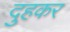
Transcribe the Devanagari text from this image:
दुहकर